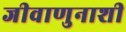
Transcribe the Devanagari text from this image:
जीवाणुनाशी